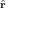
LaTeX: \scriptstyle { \hat { \mathbf { r } } }